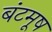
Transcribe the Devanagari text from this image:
बंटमूष